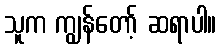
သူက ကျွန်တော့် ဆရာပါ။